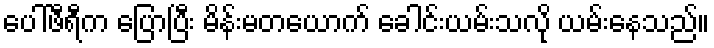
ပေါ်ဖီရီက ပြောပြီး မိန်းမတယောက် ခေါင်းယမ်းသလို ယမ်းနေသည်။